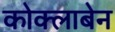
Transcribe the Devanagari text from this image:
कोक्लाबेन